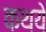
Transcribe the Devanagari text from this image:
कथये